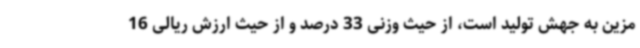
مزین به جهش تولید است، از حیث وزنی 33 درصد و از حیث ارزش ریالی 16